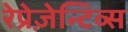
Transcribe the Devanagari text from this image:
रेप्रेज़ेन्टिव्स